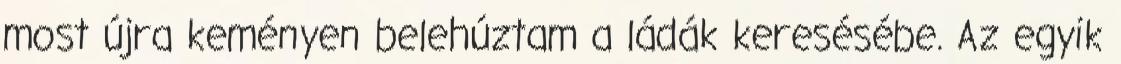
most újra keményen belehúztam a ládák keresésébe. Az egyik